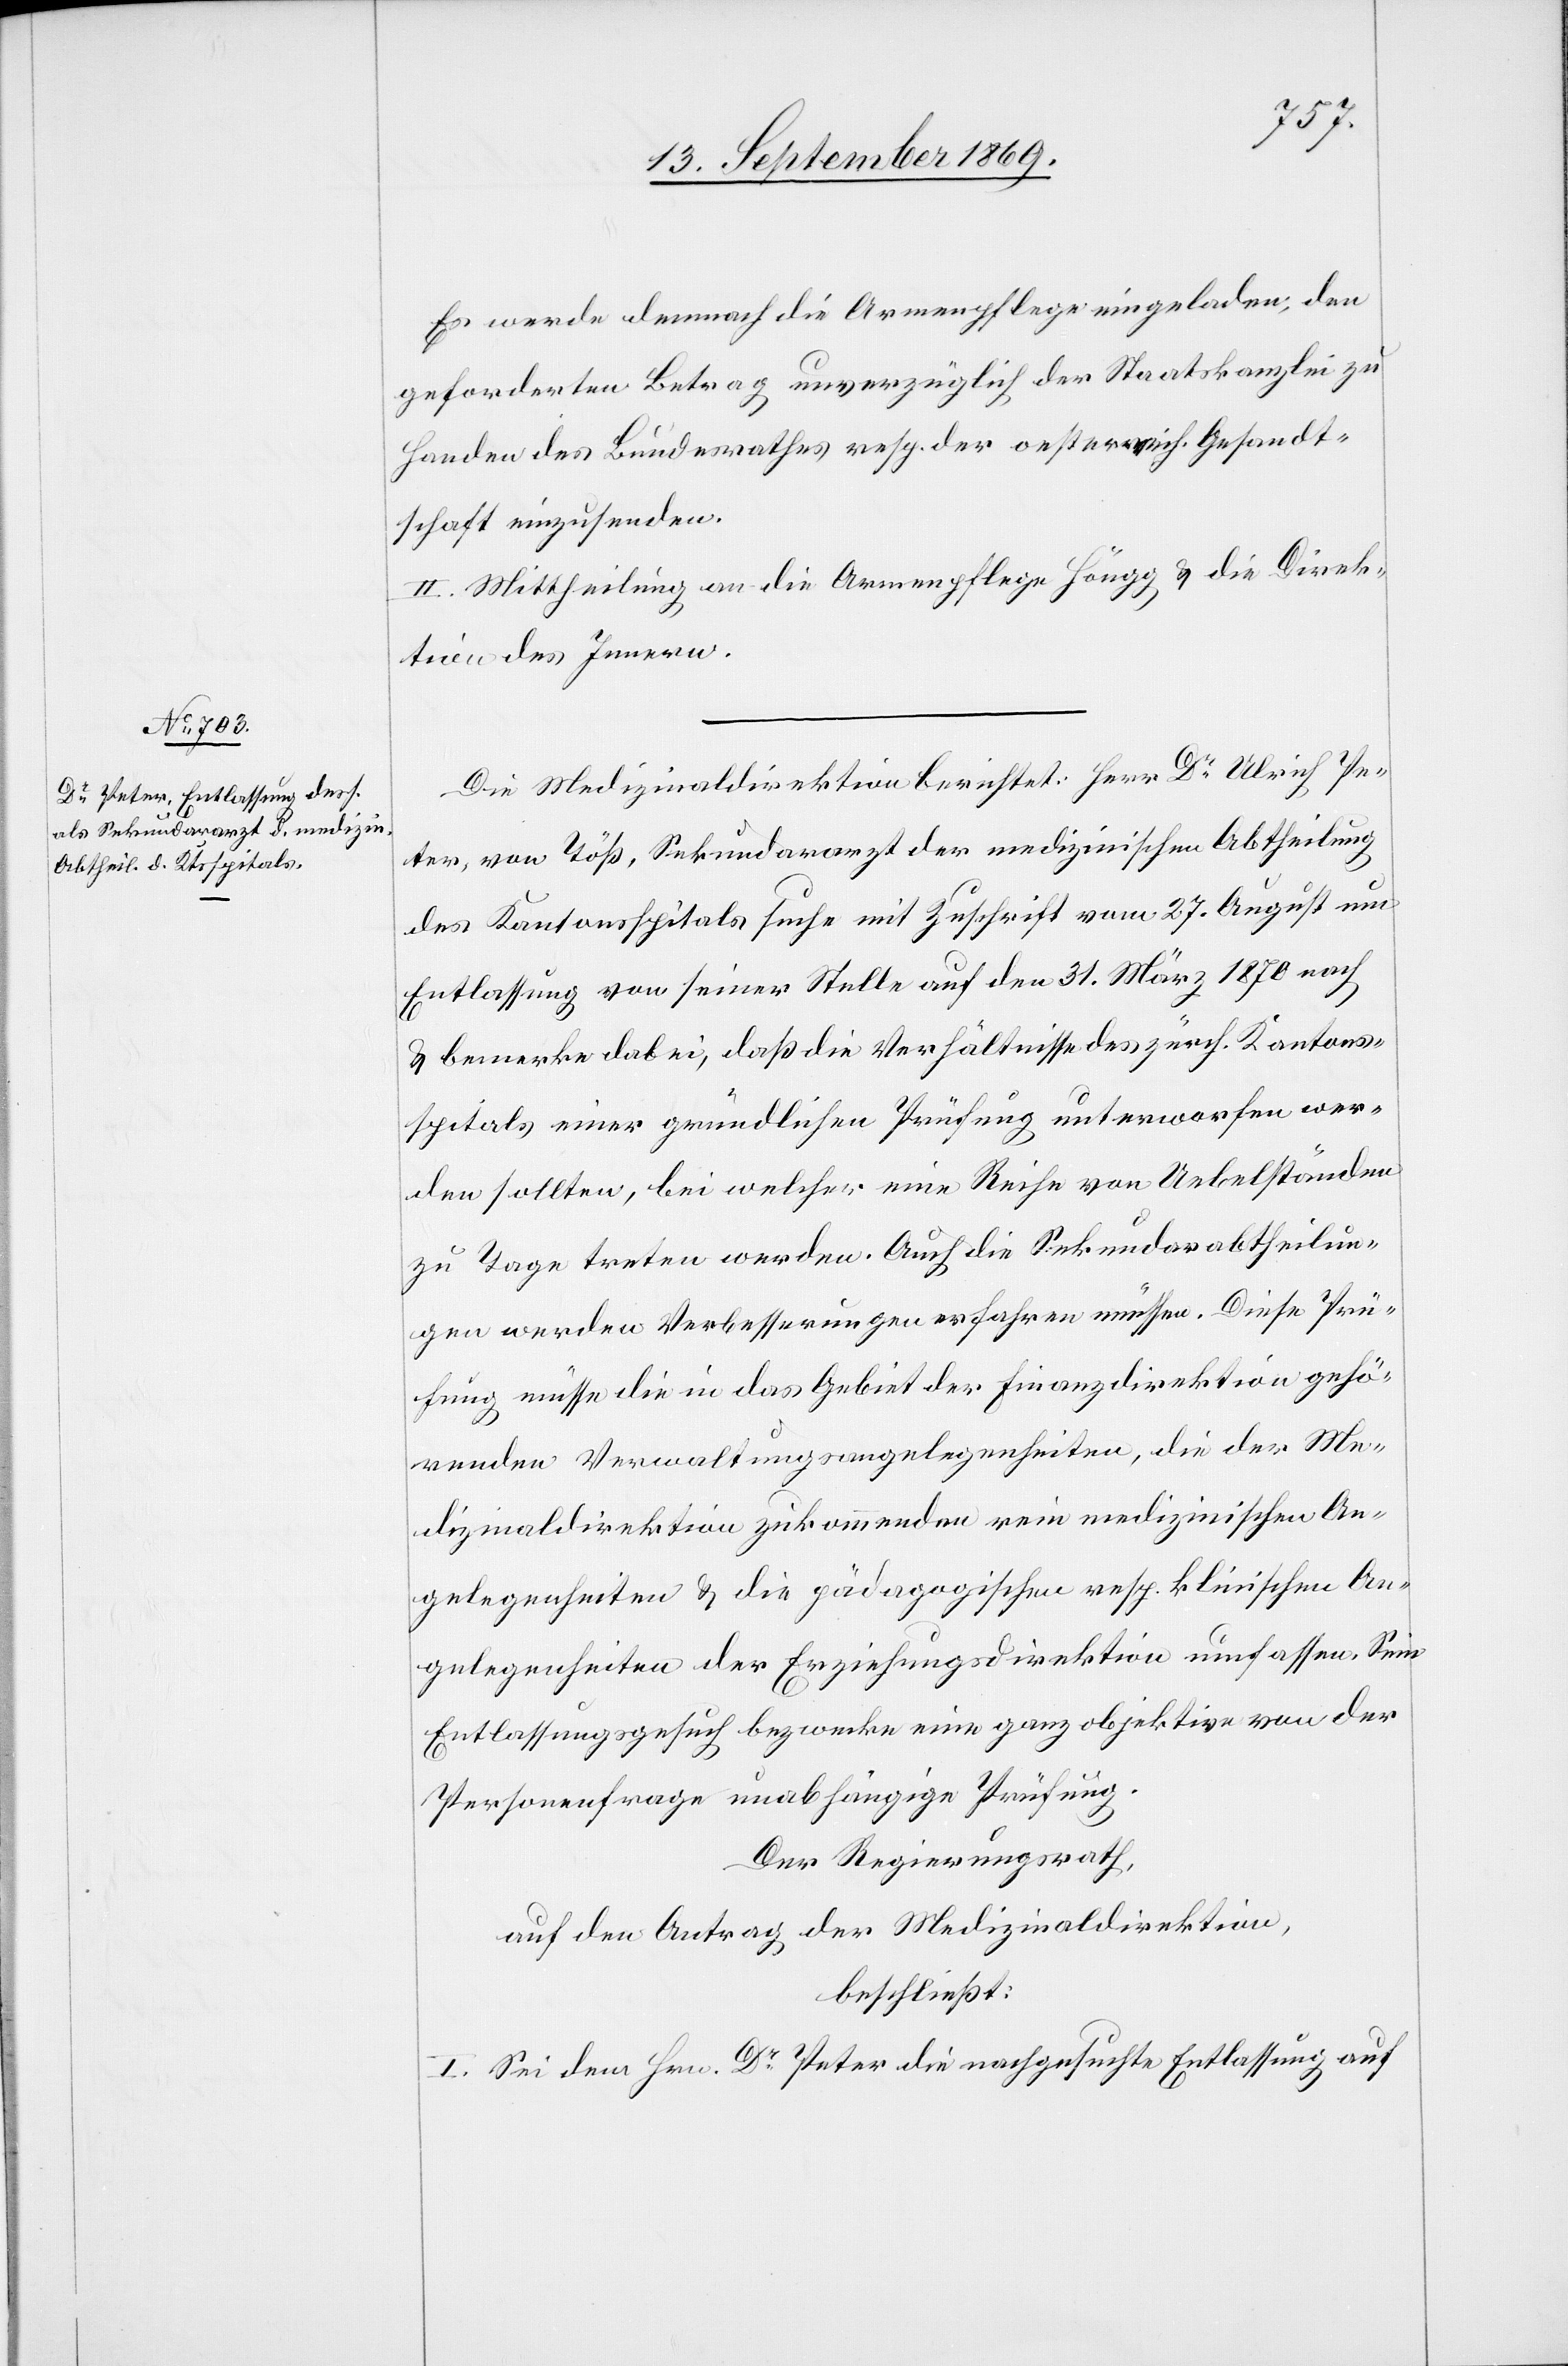
Es werde demnach die Armenpflege eingeladen, den
geforderten Betrag unverzüglich der Staatskanzlei zu
Handen des Bundesrathes resp. der oesterreich. Gesandt¬
schaft einzusenden.
II. Mittheilung an die Armenpflege Höngg & die Direk¬
tion des Innern.
Die Medizinaldirektion berichtet: Herr Dr Ulrich Pe¬
ter, von Töß, Sekundararzt der medizinischen Abtheilung
des Kantonsspitals suche mit Zuschrift vom 27. August um
Entlassung von seiner Stelle auf den 31. März 1879 nach
& bemerke dabei, daß die Verhältnisse des zürch. Kantons¬
spitals einer gründlichen Prüfung unterworfen wer¬
den sollten, bei welcher eine Reihe von Uebelständen
zu Tage treten werden. Auch die Sekundarabtheilun¬
gen werden Verbesserungen erfahren müssen. Diese Prü¬
fung müsse die in das Gebiet der Finanzdirektion gehö¬
renden Verwaltungsangelegenheiten, die der Me¬
dizinaldirektion zukommenden rein medizinischen An¬
gelegenheiten & die pädagogischen resp. klinischen An¬
gelegenheiten der Erziehungsdirektion umfassen. Sein
Entlassungsgesuch bezwecke eine ganz objektive von der
Personenfrage unabhängige Prüfung.
Der Regierungsrath,
auf den Antrag der Medizinaldirektion,
beschließt:
I. Sei dem Hrn. Dr Peter die nachgesuchte Entlassung auf